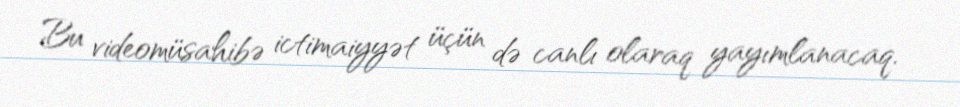
Bu videomüsahibə ictimaiyyət üçün də canlı olaraq yayımlanacaq.